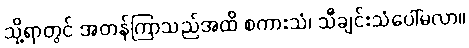
သို့ရာတွင် အတန်ကြာသည်အထိ စကားသံ၊ သီချင်းသံပေါ်မလာ။